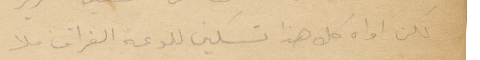
لكن اواه كل هذا تسكين للوعة الفراق فلا